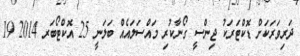
ދަރިވަރަކަށް ޑޮކްޓަރަކު ޖިންސީ ގޯނާކުރި މައްސަލައެއް ބަލަނީ 25 އޮކްޓޯބަރ 2014 19